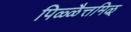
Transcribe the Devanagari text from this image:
पिळ्ळैत्तमिऴ्